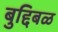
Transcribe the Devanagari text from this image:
बुद्दिबळ